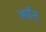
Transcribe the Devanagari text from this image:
अर्हन्